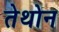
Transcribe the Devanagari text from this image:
तेथोन